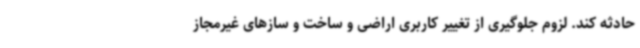
حادثه کند. لزوم جلوگیری از تغییر کاربری اراضی و ساخت و سازهای غیرمجاز